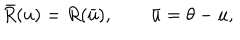
\bar { R } ( u ) = R ( \bar { u } ) , \qquad \bar { u } = \theta - u ,